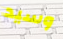
وسيد